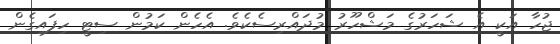
ޖުހާ އަކީ އެ ޝަހަރުގެ މަޝްހޫރު މުދައްރިސެކެވެ. އެހެން ކަމުން ސިޓީ ހިފައިގެން